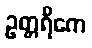
ဥတ္တရိကေ